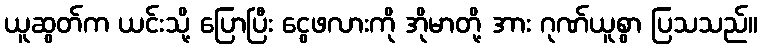
ယူဆွတ်က ယင်းသို့ ပြောပြီး ငွေဖလားကို အိုမာတို့ အား ဂုဏ်ယူစွာ ပြသသည်။